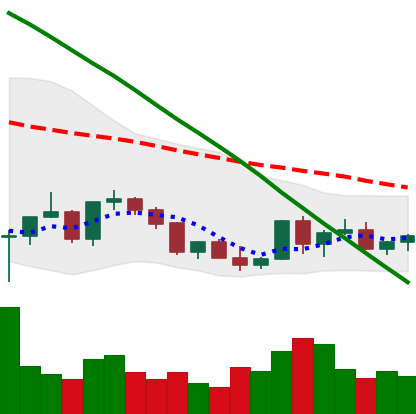
Ticker: XLM-USD
Chart end date: 2022-03-15
Forward return: 7.913%
Label: up_7plus